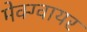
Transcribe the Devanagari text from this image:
मेक्ग्वायर